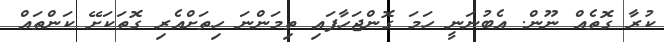
ކުރާ ގޮތެއް ނޫން. އެބުނަނީ ހަމަ ގޮންޖަހާފައި ތިމަންނަ ހިތަށްއެރި ގޮތަކަށޭ ކަންތައް